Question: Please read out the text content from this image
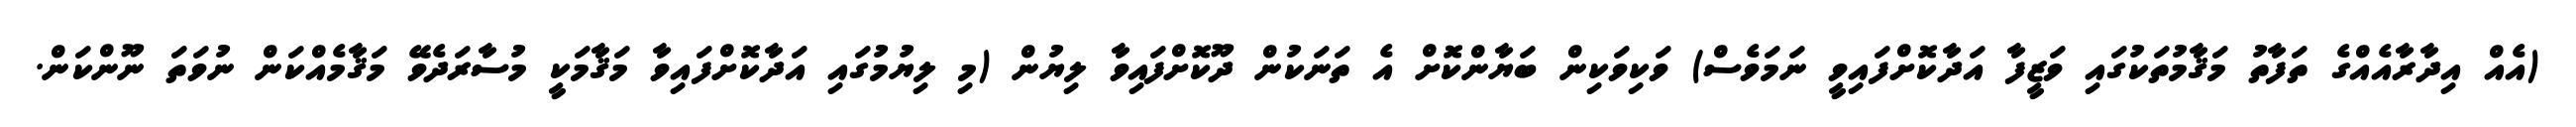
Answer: (އެއް އިދާރާއެއްގެ ތަފާތު މަޤާމުތަކުގައި ވަޒީފާ އަދާކޮށްފައިވީ ނަމަވެސް) ވަކިވަކިން ބަޔާންކޮށް އެ ތަނަކުން ދޫކޮށްފައިވާ ލިޔުން (މި ލިޔުމުގައި އަދާކޮށްފައިވާ މަޤާމަކީ މުސާރަދެވޭ މަޤާމެއްކަން ނުވަތަ ނޫންކަން.